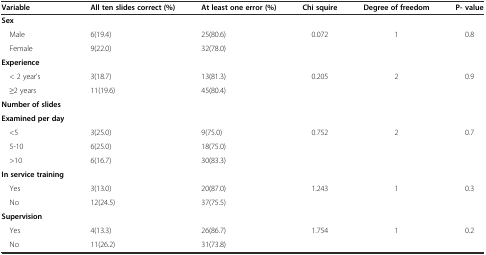
| Variable | All ten slides correct (%) | At least one error (%) | Chi squire | Degree of freedom | P- value |
 | --- | --- | --- | --- | --- | --- |
 | Sex |  |  |  |  |  |
 | Male | 6(19.4) | 25(80.6) | 0.072 | 1 | 0.8 |
 | Female | 9(22.0) | 32(78.0) |  |  |  |
 | Experience |  |  |  |  |  |
 | < 2 year’s | 3(18.7) | 13(81.3) | 0.205 | 2 | 0.9 |
 | ≥2 years | 11(19.6) | 45(80.4) |  |  |  |
 | Number of slides |  |  |  |  |  |
 | Examined per day |  |  |  |  |  |
 | <5 | 3(25.0) | 9(75.0) | 0.752 | 2 | 0.7 |
 | 5-10 | 6(25.0) | 18(75.0) |  |  |  |
 | >10 | 6(16.7) | 30(83.3) |  |  |  |
 | In service training |  |  |  |  |  |
 | Yes | 3(13.0) | 20(87.0) | 1.243 | 1 | 0.3 |
 | No | 12(24.5) | 37(75.5) |  |  |  |
 | Supervision |  |  |  |  |  |
 | Yes | 4(13.3) | 26(86.7) | 1.754 | 1 | 0.2 |
 | No | 11(26.2) | 31(73.8) |  |  |  |